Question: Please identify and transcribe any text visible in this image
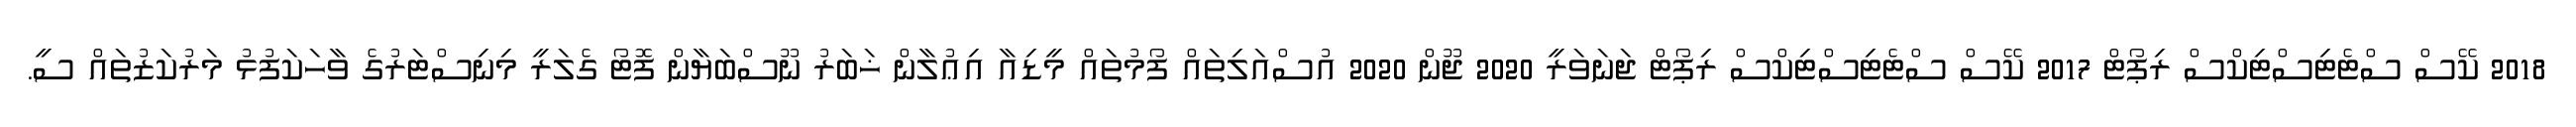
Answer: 2018 ކޭސް ސްޓެޓިސްޓިކްސް ރިޕޯޓް 2017 ކޭސް ސްޓެޓިސްޓިކްސް ރިޕޯޓް ޖަނަވަރީ 2020 ޖޫން 2020 އުސްއަލިތައް ފޯމުތައް މީޑިއާ އިޢުލާން ޚަބަރު ނޫސްބަޔާން ފޮޓޯ ގެލަރީ މިނިސްޓަރުގެ ވާހަކަފުޅު މަރުކަޒުތައް ސީ.